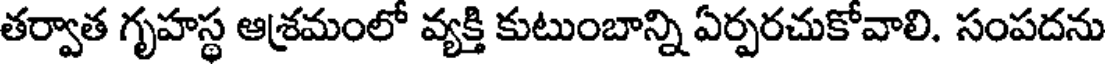
తర్వాత గృహస్థ ఆశ్రమంలో వ్యక్తి కుటుంబాన్ని ఏర్పరచుకోవాలి. సంపదను